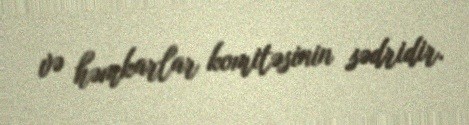
və həmkarlar komitəsinin sədridir.